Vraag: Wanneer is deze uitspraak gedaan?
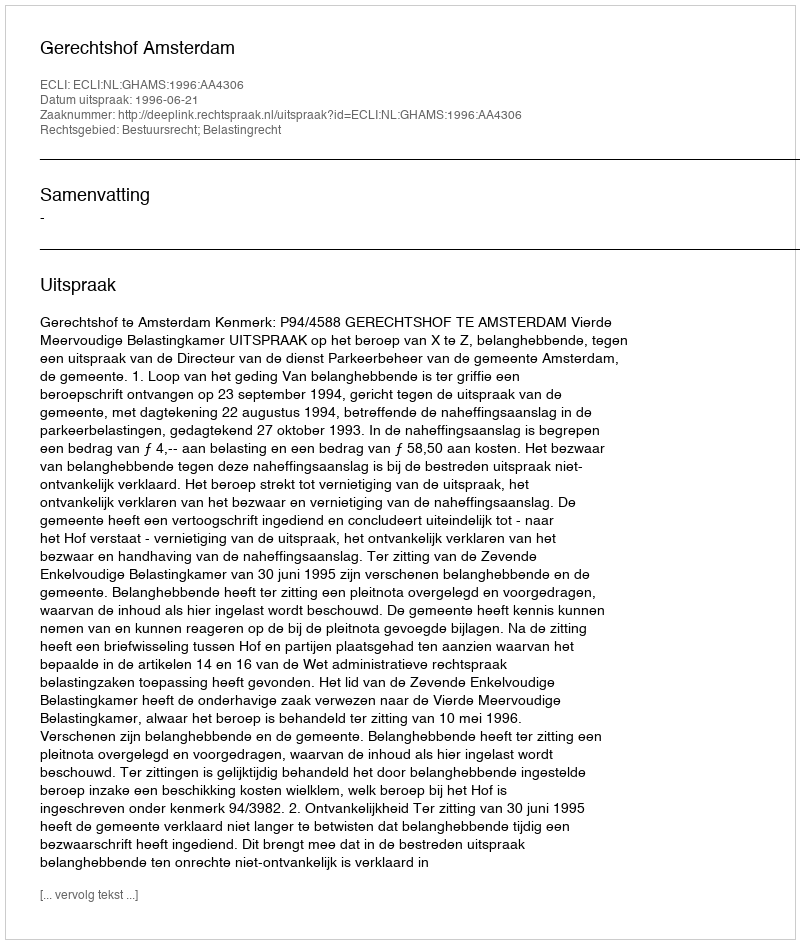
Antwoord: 1996-06-21